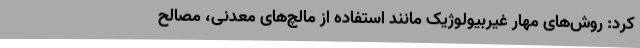
کرد: روش‌های مهار غیربیولوژیک مانند استفاده از مالچ‌های معدنی، مصالح